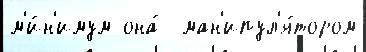
м'и́н'имум она́  ман'ипул'я́тором